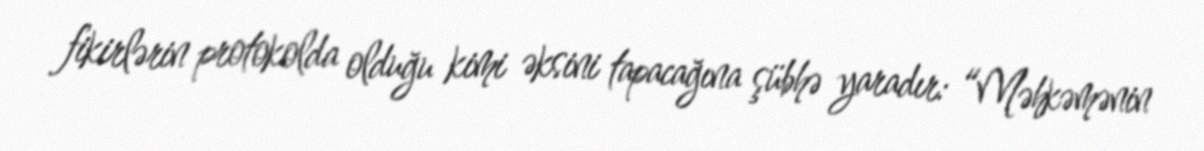
fikirlərin protokolda olduğu kimi əksini tapacağına şübhə yaradır: “Məhkəmənin